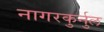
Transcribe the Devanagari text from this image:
नागरकुर्नुल